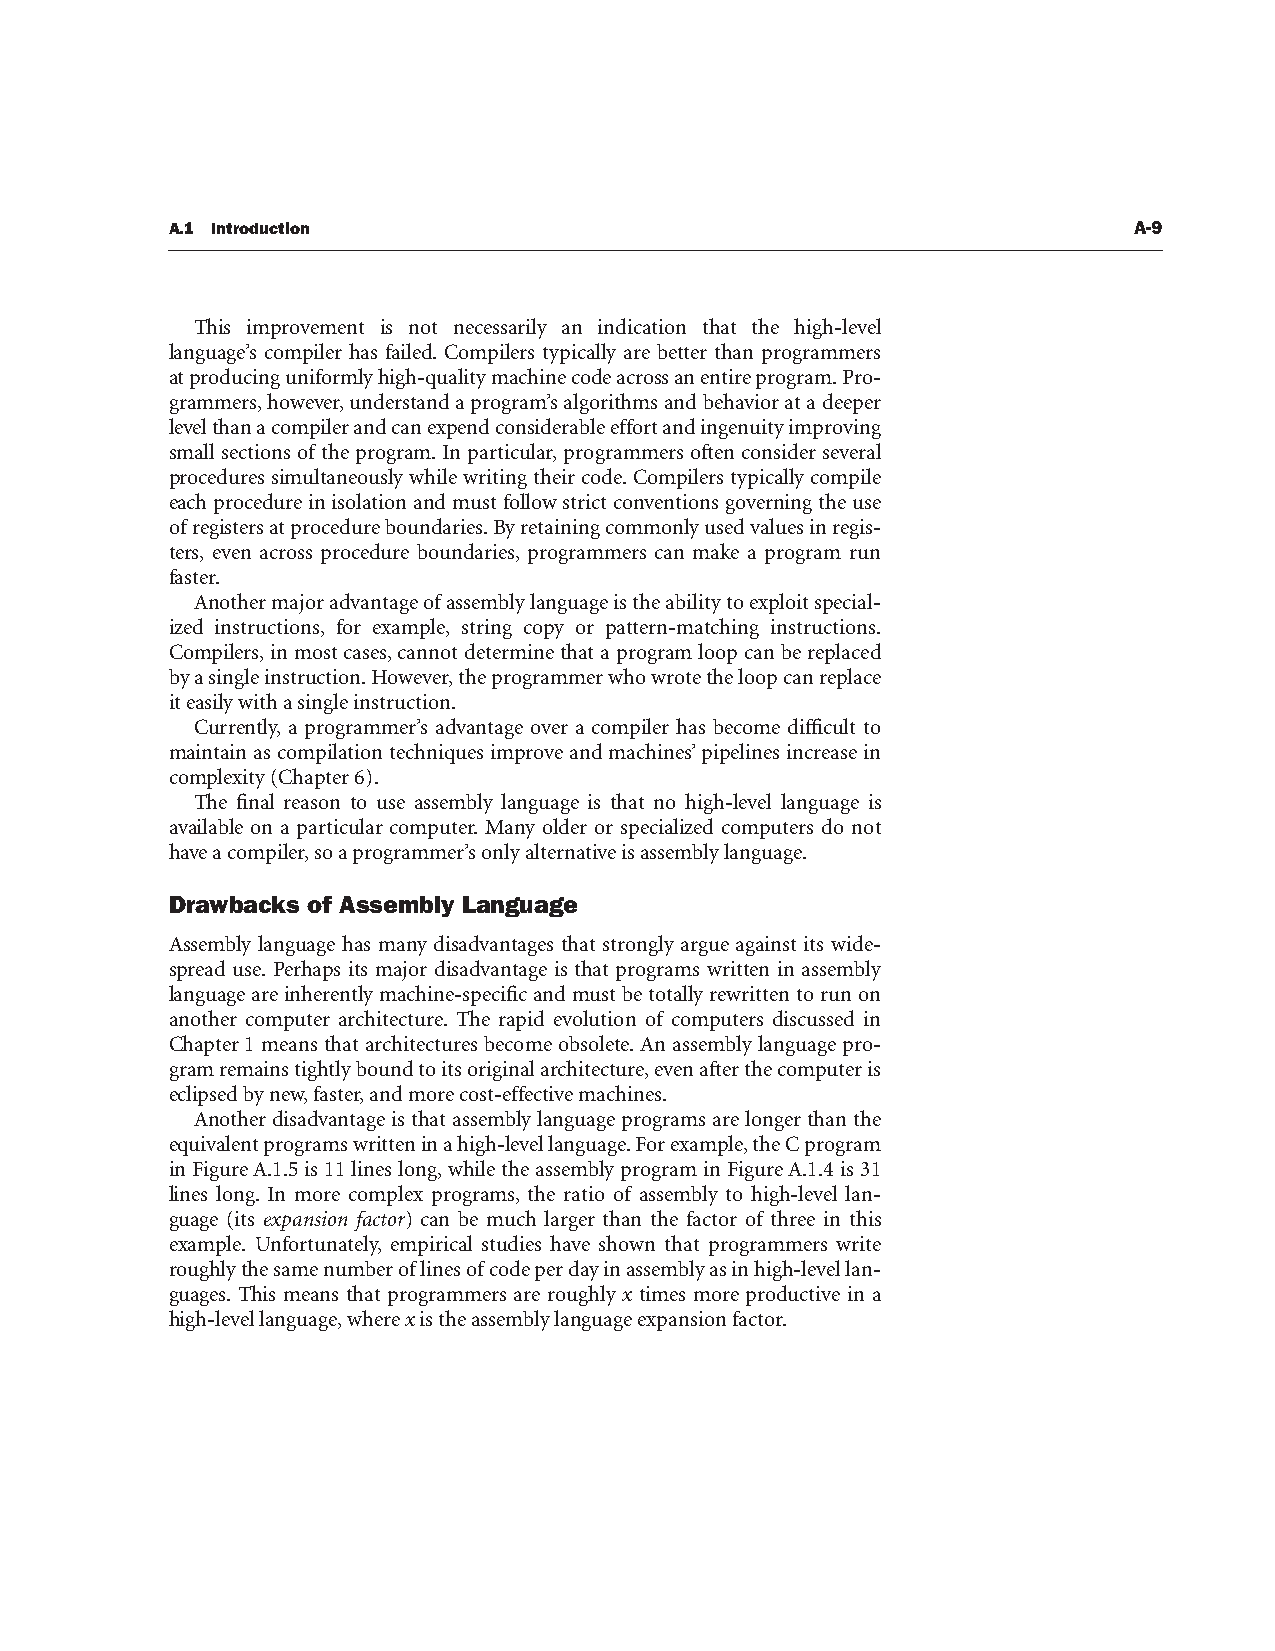
A.1 Introduction                                                A-9
 This improvement is not necessarily an indication that the high-level
 language’s compiler has failed. Compilers typically are better than programmers
 at producing uniformly high-quality machine code across an entire program. Pro-
 grammers, however, understand a program’s algorithms and behavior at a deeper
 level than a compiler and can expend considerable effort and ingenuity improving
 small sections of the program. In particular, programmers often consider several
 procedures simultaneously while writing their code. Compilers typically compile
 each procedure in isolation and must follow strict conventions governing the use
 of registers at procedure boundaries. By retaining commonly used values in regis-
 ters, even across procedure boundaries, programmers can make a program run
 faster.
 Another major advantage of assembly language is the ability to exploit special-
 ized instructions, for example, string copy or pattern-matching instructions.
 Compilers, in most cases, cannot determine that a program loop can be replaced
 by a single instruction. However, the programmer who wrote the loop can replace
 it easily with a single instruction.
 Currently, a programmer’s advantage over a compiler has become difficult to
 maintain as compilation techniques improve and machines’ pipelines increase in
 complexity (Chapter 6).
 The final reason to use assembly language is that no high-level language is
 available on a particular computer. Many older or specialized computers do not
 have a compiler, so a programmer’s only alternative is assembly language.
 Drawbacks of Assembly Language
 Assembly language has many disadvantages that strongly argue against its wide-
 spread use. Perhaps its major disadvantage is that programs written in assembly
 language are inherently machine-specific and must be totally rewritten to run on
 another computer architecture. The rapid evolution of computers discussed in
 Chapter 1 means that architectures become obsolete. An assembly language pro-
 gram remains tightly bound to its original architecture, even after the computer is
 eclipsed by new, faster, and more cost-effective machines.
 Another disadvantage is that assembly language programs are longer than the
 equivalent programs written in a high-level language. For example, the C program
 in Figure A.1.5 is 11 lines long, while the assembly program in Figure A.1.4 is 31
 lines long. In more complex programs, the ratio of assembly to high-level lan-
 guage (its expansion factor) can be much larger than the factor of three in this
 example. Unfortunately, empirical studies have shown that programmers write
 roughly the same number of lines of code per day in assembly as in high-level lan-
 guages. This means that programmers are roughly x times more productive in a
 high-level language, where x is the assembly language expansion factor.